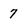
Character: 7